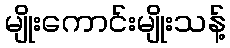
မျိုးကောင်းမျိုးသန့်